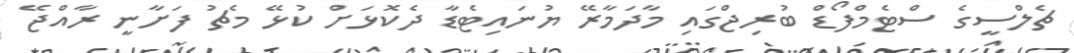
ޗެލްސީގެ ސްޓެމްފޯޑް ބުރިޖްގައި މާދަމާރޭ ޔުނައިޓެޑާ ދެކޮޅަށް ކުޅޭ މެޗު ފަށާނީ ރާއްޖޭ